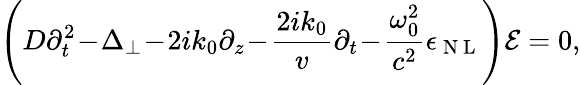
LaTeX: \left(D\partial_{t}^{2}\! -\! \Delta_{\perp}\! -\! 2ik_{0}\partial_{z}\! -\! \frac{2ik_{0}}{v}\partial_{t}\! -\! \frac{\omega_{0}^{2}}{c^{2}}\epsilon_{\mathrm{~N~L~}}\right)\mathcal{E}=0,